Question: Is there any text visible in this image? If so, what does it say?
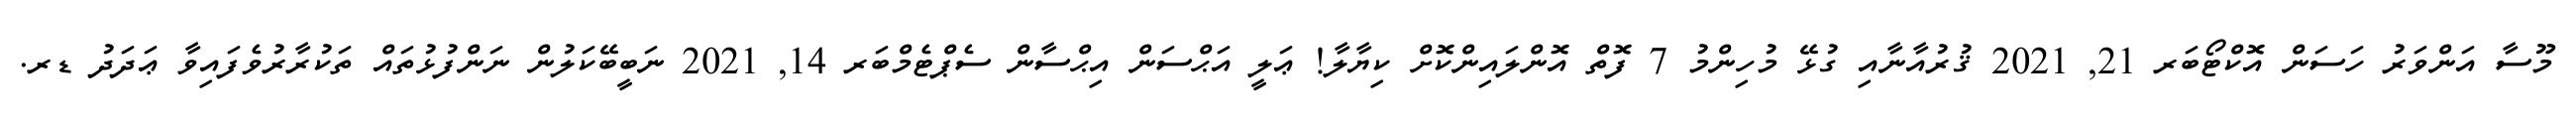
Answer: މޫސާ އަންވަރު ހަސަން އޮކްޓޯބަރ 21, 2021 ޤުރުއާނާއި ގުޅޭ މުހިންމު 7 ފޮތް އޮންލައިންކޮށް ކިޔާލާ! ޢަލީ އަޙްސަން އިޙްސާން ސެޕްޓެމްބަރ 14, 2021 ނަބީބޭކަލުން ނަންފުޅުތައް ތަކުރާރުވެފައިވާ ޢަދަދު ޑރ.